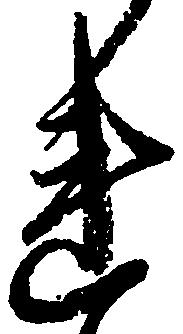
れ